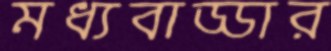
মধ্যবাড্ডার